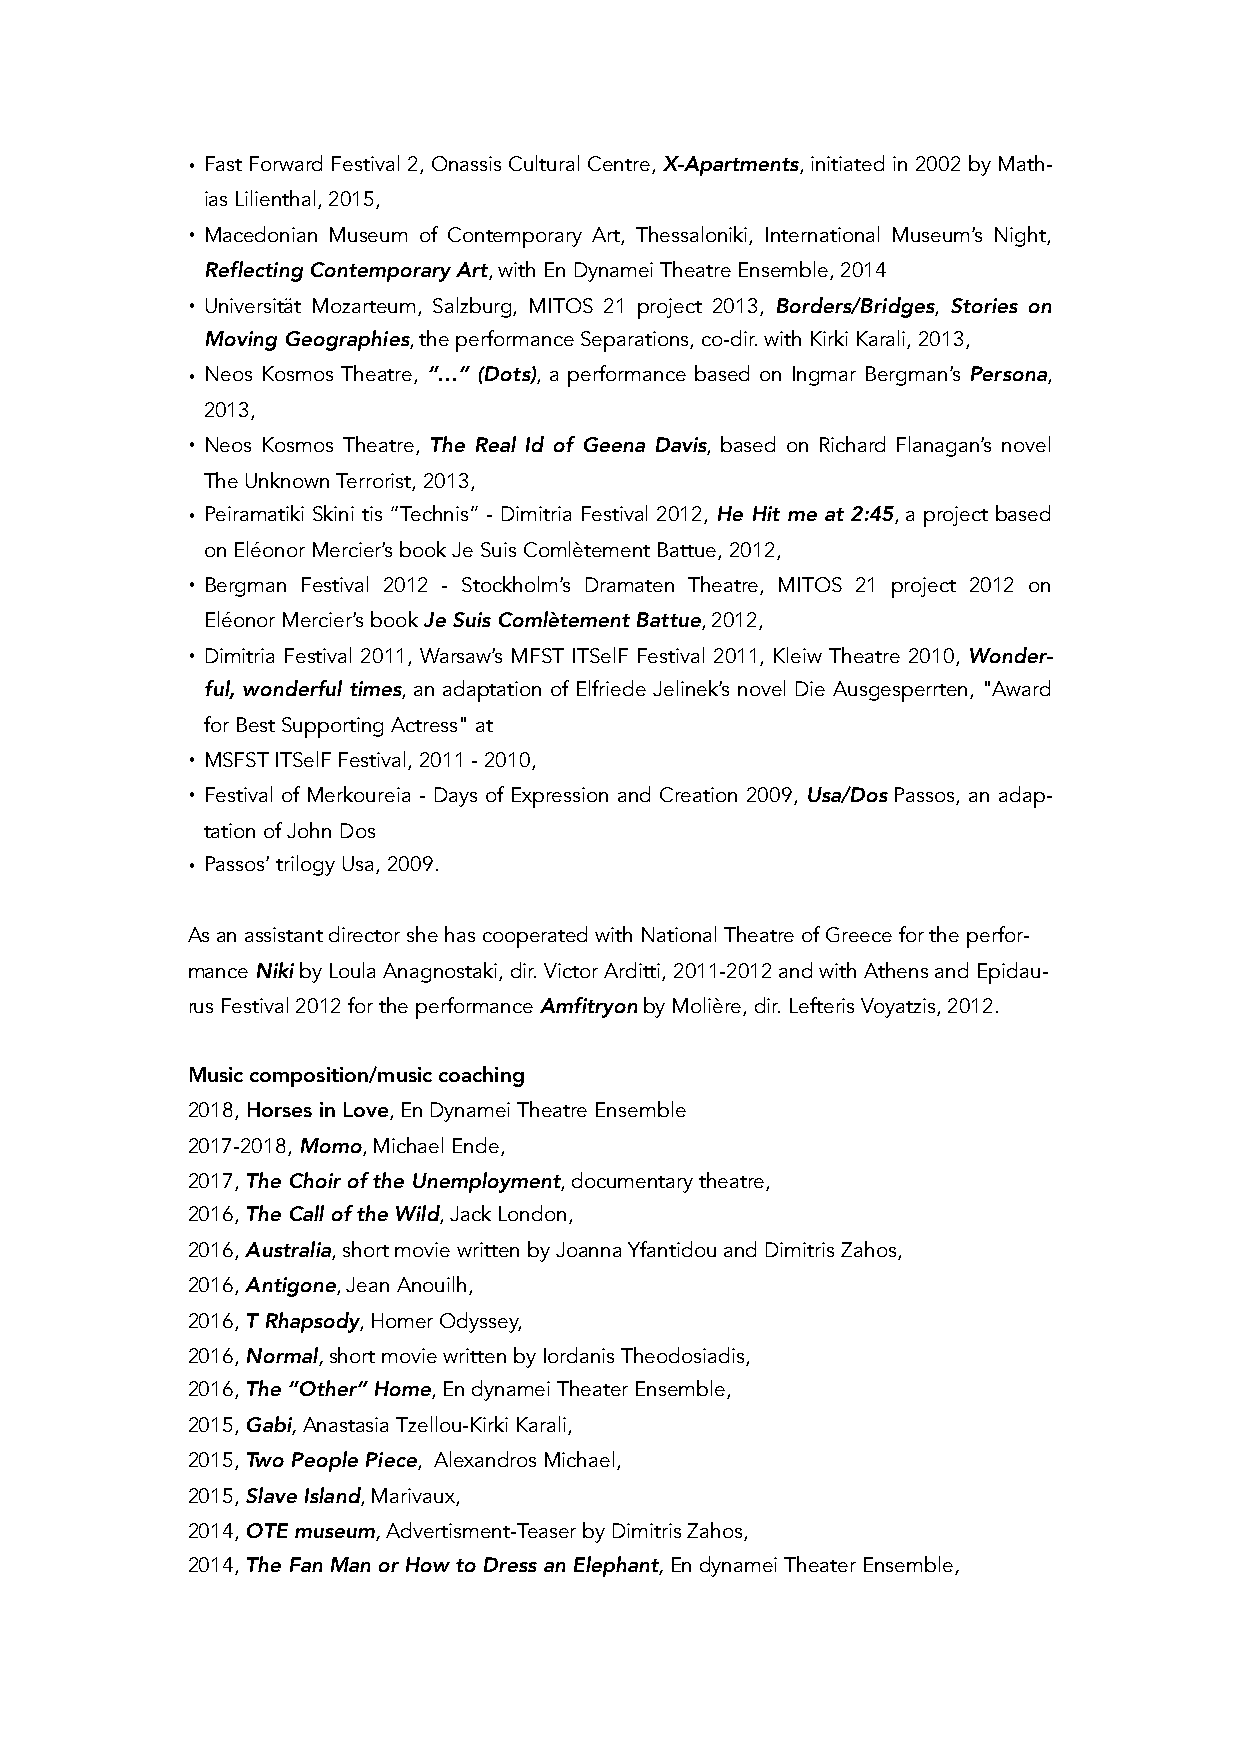
• Fast Forward Festival 2, Onassis Cultural Centre, X-Apartments, initiated in 2002 by Math-
 ias Lilienthal, 2015,
 • Macedonian Museum of Contemporary Art, Thessaloniki, International Museum’s Night,
 Reflecting Contemporary Art, with En Dynamei Theatre Ensemble, 2014
 • Universität Mozarteum, Salzburg, MITOS 21 project 2013, Borders/Bridges, Stories on
 Moving Geographies, the performance Separations, co-dir. with Kirki Karali, 2013,
 • Neos Kosmos Theatre, “…” (Dots), a performance based on Ingmar Bergman’s Persona,
 2013,
 • Neos Kosmos Theatre, The Real Id of Geena Davis, based on Richard Flanagan’s novel
 The Unknown Terrorist, 2013,
 • Peiramatiki Skini tis “Technis” - Dimitria Festival 2012, He Hit me at 2:45, a project based
 on Eléonor Mercier’s book Je Suis Comlètement Battue, 2012,
 • Bergman Festival 2012 - Stockholm’s Dramaten Theatre, MITOS 21 project 2012 on
 Eléonor Mercier’s book Je Suis Comlètement Battue, 2012,
 • Dimitria Festival 2011, Warsaw’s MFST ITSelF Festival 2011, Kleiw Theatre 2010, Wonder-
 ful, wonderful times, an adaptation of Elfriede Jelinek’s novel Die Ausgesperrten, "Award
 for Best Supporting Actress" at
 • MSFST ITSelF Festival, 2011 - 2010,
 • Festival of Merkoureia - Days of Expression and Creation 2009, Usa/Dos Passos, an adap-
 tation of John Dos
 • Passos’ trilogy Usa, 2009.
 As an assistant director she has cooperated with National Theatre of Greece for the perfor-
 mance Niki by Loula Anagnostaki, dir. Victor Arditti, 2011-2012 and with Athens and Epidau-
 rus Festival 2012 for the performance Amfitryon by Molière, dir. Lefteris Voyatzis, 2012.
 Music composition/music coaching
 2018, Horses in Love, En Dynamei Theatre Ensemble
 2017-2018, Momo, Michael Ende,
 2017, The Choir of the Unemployment, documentary theatre,
 2016, The Call of the Wild, Jack London,
 2016, Australia, short movie written by Joanna Yfantidou and Dimitris Zahos,
 2016, Antigone, Jean Anouilh,
 2016, T Rhapsody, Homer Odyssey,
 2016, Normal, short movie written by Iordanis Theodosiadis,
 2016, The “Other” Home, En dynamei Theater Ensemble,
 2015, Gabi, Anastasia Tzellou-Kirki Karali,
 2015, Two People Piece, Alexandros Michael,
 2015, Slave Island, Marivaux,
 2014, OTE museum, Advertisment-Teaser by Dimitris Zahos,
 2014, The Fan Man or How to Dress an Elephant, En dynamei Theater Ensemble,